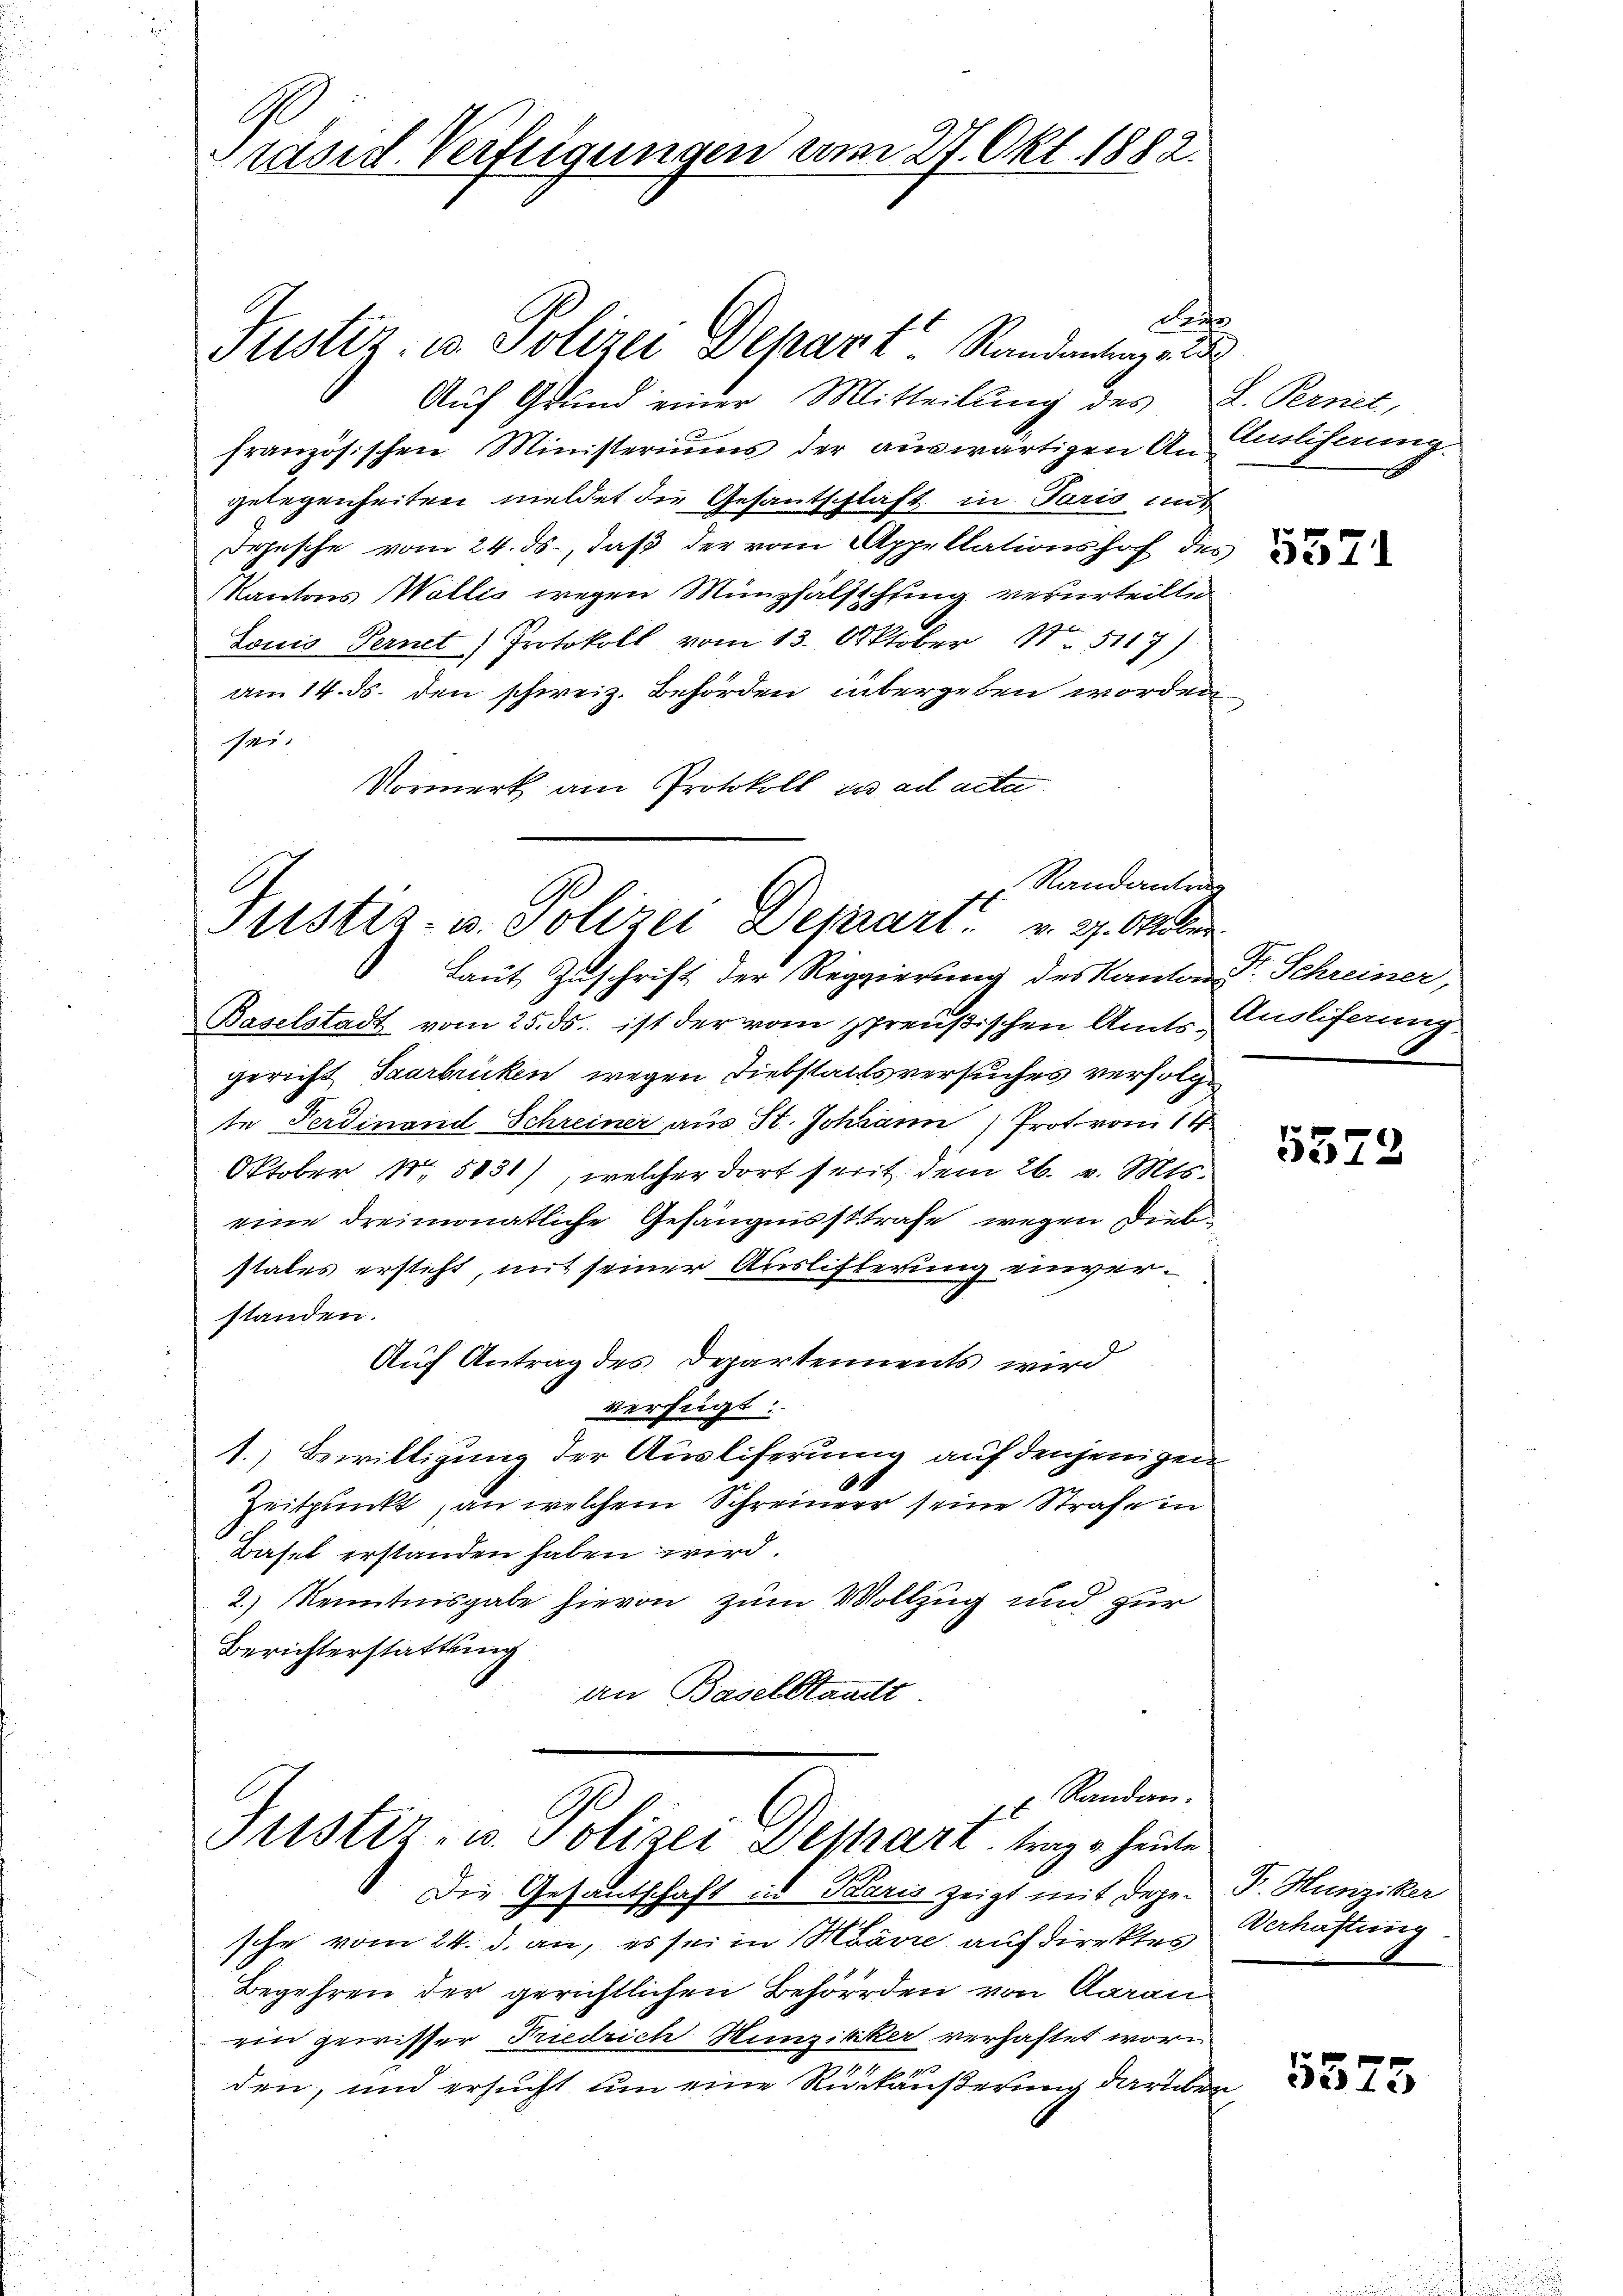
räsid. Verfügungen vom 27. Okt. 1882.

Laufe
Justiz- u. Polizei Depart. Randantrag v. 25
Auf Grund einer Mitteilung des L. Pernet,
französischen Ministeriums der auswärtigen Anlehnung.
gelegenheiten meldet die Gesantschlaft in Paris und
Depesche vom 24. ds., daß der vom Appellationshof des
Kantons Wallis wegen Münzhälsschung verurteilte
2
Louis Ternet) Protokoll vom 13. Oktober N. 5117)
am 14. ds. den schweiz. Behörden übergeben worden
e
Vormerk am Protokoll in ad acta.

Laut Zuschrift der Reggierung des Kanton Sr. Schreiner,
Baselstadt vom 25. ds. ist der vom spreußischen Amts- Ausliferung
gericht Saarbrücken wegen Diebstaltsversuches verfolgte Ferdinand Schreiner aus St. Johann Prot vom 14.
Oktober Nr. 5831), welcher dort seit dem 26. v. Mts.
eine dreimonatliche Gefängnissttrafe wegen Diebstates ersteht, mit seiner Auslisterung einverstanden.
Auf Antrag des Departements wird
verfügt:
1. Bewilligung der Ausliferung auf denjenigen
0
Zeitpunkt, an welchem Schreiner seine Strafe in
Basel erstanden haben wird.
2.) Kenntnisgabe hievon zum Vollzug und zur
Berichterstattung
an Baselstandt

Randantrag
Justiz- u. Polizei Depart v. 27. Oktbr

2. Randan
Justiz- u. Polizei Depart trage heute
Die Gesantschaft in Karis zeigt mit Degen P. Hunziker

sche vom 24. d. an, es sei in Marie auf direktes Verhaftung
Begehren der gerichtlichen Behörden von Aarau
ein gewisser Friedrich Hunzibiker verhaftet wore
den, und ersucht um eine Rückäußerung darüber

5571

5372

5373